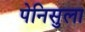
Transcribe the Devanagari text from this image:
पेनिसुला